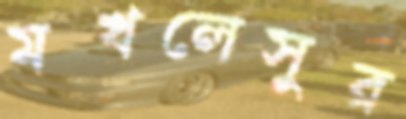
মখলেসুর